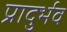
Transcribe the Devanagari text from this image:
प्रादुर्भव